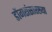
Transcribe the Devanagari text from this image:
डोंगरांसारख्या